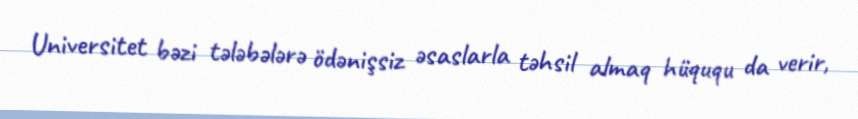
Universitet bəzi tələbələrə ödənişsiz əsaslarla təhsil almaq hüququ da verir,